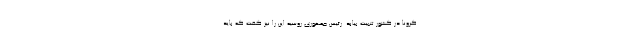
کرونا در کشور تثبیت بیابد. رئیس جمهوری روسیه این را نیز گفت که باید